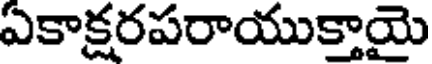
ఏకాక్షరపరాయుక్తాయై